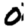
Digit: 0